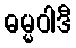
ဓမ္မဝါဒီ